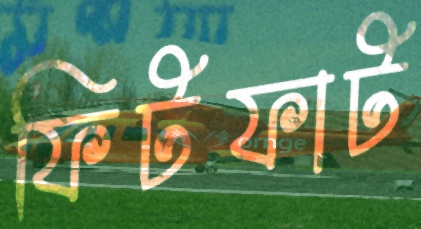
ফিটফাট